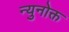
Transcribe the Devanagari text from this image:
न्युनोक्त